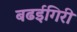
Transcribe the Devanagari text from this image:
बढईगिरी